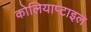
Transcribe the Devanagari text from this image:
कोलियाप्टाइल